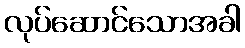
လုပ်ဆောင်သောအခါ